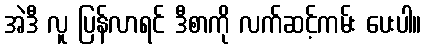
အဲဒီ လူ ပြန်လာရင် ဒီစာကို လက်ဆင့်ကမ်း ပေးပါ။